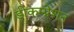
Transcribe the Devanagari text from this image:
डीकम्प्रेशन